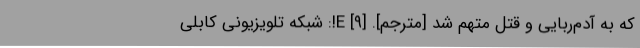
که به آدم‌ربایی و قتل متهم شد [مترجم]. [۹] E!: شبکه تلویزیونی کابلی